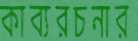
কাব্যরচনার